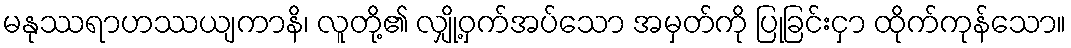
မနုဿရာဟဿယျကာနိ၊ လူတို့၏ လျှို့ဝှက်အပ်သော အမှတ်ကို ပြုခြင်းငှာ ထိုက်ကုန်သော။